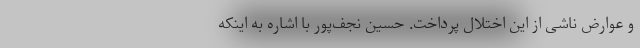
و عوارض ناشی از این اختلال پرداخت. حسین نجف‌پور با اشاره به اینکه